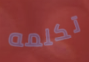
تكلمه